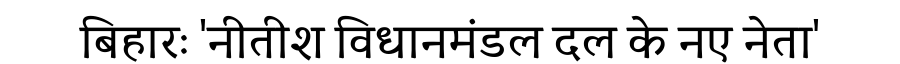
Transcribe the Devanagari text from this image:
बिहारः 'नीतीश विधानमंडल दल के नए नेता'